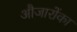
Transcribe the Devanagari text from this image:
औजारोंका